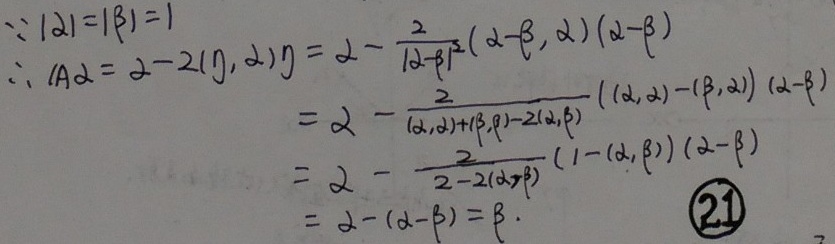
\[
\begin{align*}
\because |\alpha| = |\beta| = 1\\
\therefore A\alpha&= 2 - 2(\jmath,\alpha)\jmath=2-\frac{2}{|\alpha - \beta|^{2}}(\alpha - \beta,\alpha)(\alpha - \beta)\\
&=2-\frac{2}{(\alpha,\alpha)+(\beta,\beta)-2(\alpha,\beta)}((\alpha,\alpha)-(\beta,\alpha))(\alpha - \beta)\\
&=2-\frac{2}{2 - 2(\alpha,\beta)}(1 - (\beta,\alpha))(\alpha - \beta)\\
&=2-(\alpha - \beta)=\beta.
\end{align*}
\]
\textcircled{21}